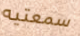
سمعتيه